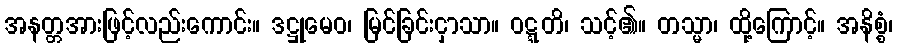
အနတ္တအားဖြင့်လည်းကောင်း။ ဒဋ္ဌုမေဝ၊ မြင်ခြင်းငှာသာ။ ဝဋ္ဋတိ၊ သင့်၏။ တသ္မာ၊ ထို့ကြောင့်။ အနိစ္စံ၊